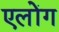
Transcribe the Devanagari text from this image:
एलोंग